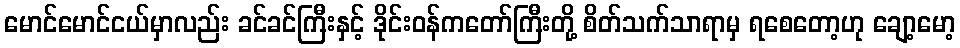
မောင်မောင်ငယ်မှာလည်း ခင်ခင်ကြီးနှင့် ဒိုင်းဝန်ကတော်ကြီးတို့ စိတ်သက်သာရာမှ ရစေတော့ဟု ချော့မော့